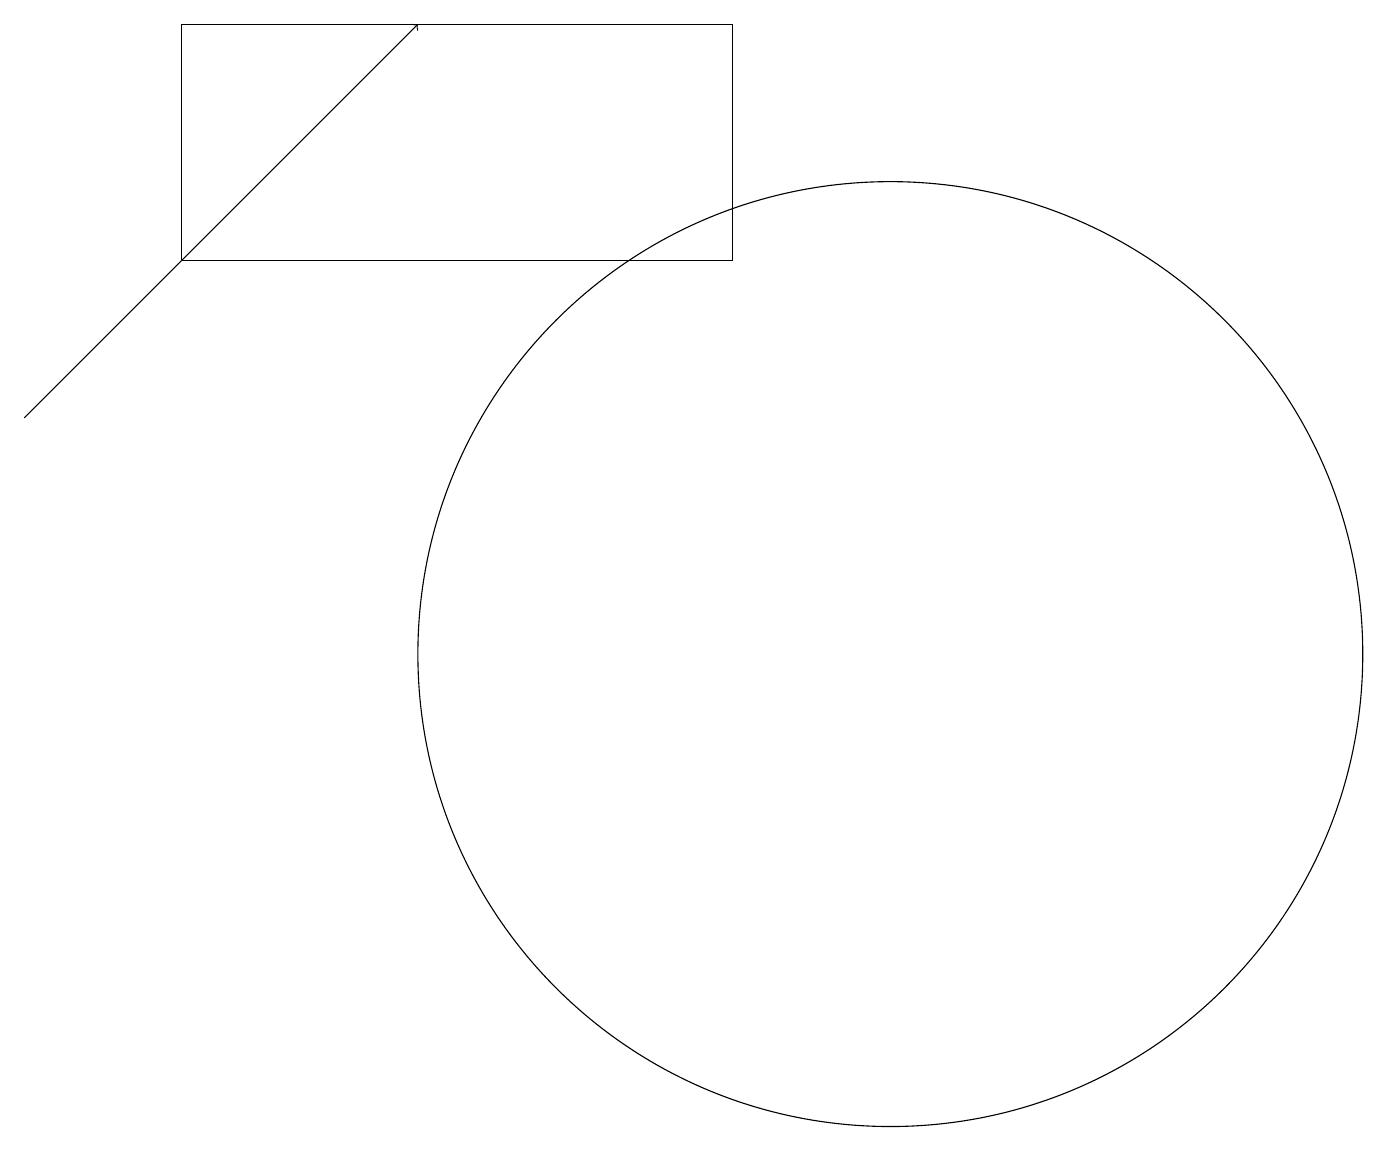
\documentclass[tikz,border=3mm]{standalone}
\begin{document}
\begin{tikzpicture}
\draw (11,10) circle (6);
\draw (2,18) rectangle (9,15);
\draw[->] (0,13) -- (5,18);
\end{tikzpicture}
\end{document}